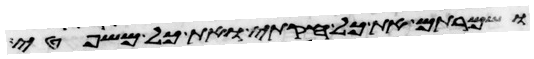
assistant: ושמרתם את כל חקותי ואת כל משפטי